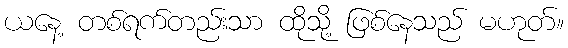
ယနေ့ တစ်ရက်တည်းသာ ထိုသို့ ဖြစ်နေသည် မဟုတ်။